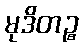
မုဒိတဉ္စ